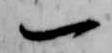
一